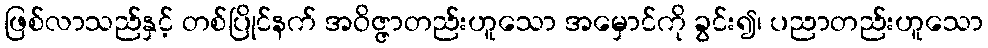
ဖြစ်လာသည်နှင့် တစ်ပြိုင်နက် အဝိဇ္ဇာတည်းဟူသော အမှောင်ကို ခွင်း၍၊ ပညာတည်းဟူသော